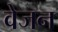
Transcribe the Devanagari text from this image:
वेजन